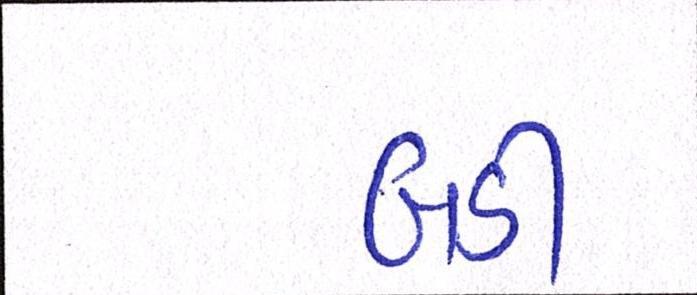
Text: બડી